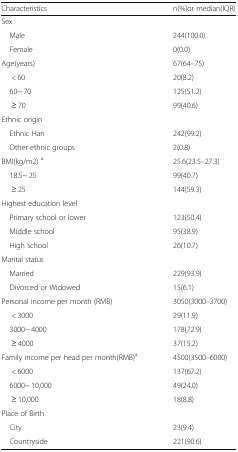
| Characteristics | n(%)or median(IQR) |
 | --- | --- |
 | <COLSPAN=2> Sex |
 | Male | 244(100.0) |
 | Female | 0(0.0) |
 | Age(years) | 67(64–75) |
 | < 60 | 20(8.2) |
 | 60~ 70 | 125(51.2) |
 | ≥ 70 | 99(40.6) |
 | <COLSPAN=2> Ethnic origin |
 | Ethnic Han | 242(99.2) |
 | Other ethnic groups | 2(0.8) |
 | BMI(kg/m2) a | 25.6(23.5–27.3) |
 | 18.5~ 25 | 99(40.7) |
 | ≥ 25 | 144(59.3) |
 | <COLSPAN=2> Highest education level |
 | Primary school or lower | 123(50.4) |
 | Middle school | 95(38.9) |
 | High school | 26(10.7) |
 | <COLSPAN=2> Marital status |
 | Married | 229(93.9) |
 | Divorced or Widowed | 15(6.1) |
 | Personal income per month (RMB) | 3050(3000–3700) |
 | < 3000 | 29(11.9) |
 | 3000~ 4000 | 178(72.9) |
 | ≥ 4000 | 37(15.2) |
 | Family income per head per month(RMB)a | 4500(3500–6000) |
 | < 6000 | 137(67.2) |
 | 6000~ 10,000 | 49(24.0) |
 | ≥ 10,000 | 18(8.8) |
 | <COLSPAN=2> Place of Birth |
 | City | 23(9.4) |
 | Countryside | 221(90.6) |